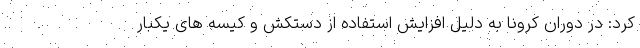
کرد: در دوران کرونا به دلیل افزایش استفاده از دستکش و کیسه های یکبار